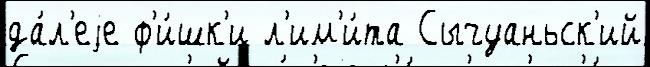
да́л'еjе ф'и́шк'и л'им'и́та Сычуаньск'ий